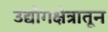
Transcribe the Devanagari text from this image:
उद्योगक्षेत्रातून